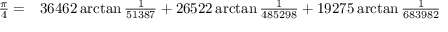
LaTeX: \begin{array} { r l } { { \frac { \pi } { 4 } } = } & { { } 3 6 4 6 2 \arctan { \frac { 1 } { 5 1 3 8 7 } } + 2 6 5 2 2 \arctan { \frac { 1 } { 4 8 5 2 9 8 } } + 1 9 2 7 5 \arctan { \frac { 1 } { 6 8 3 9 8 2 } } } \end{array}